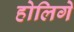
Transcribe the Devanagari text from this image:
होलिगे